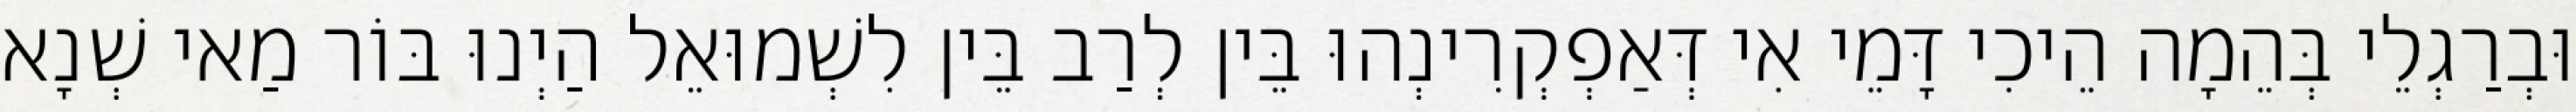
וּבְרַגְלֵי בְּהֵמָה הֵיכִי דָּמֵי אִי דְּאַפְקְרִינְהוּ בֵּין לְרַב בֵּין לִשְׁמוּאֵל הַיְנוּ בּוֹר מַאי שְׁנָא